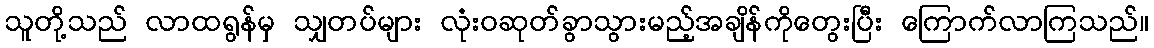
သူတို့သည် လာထရွန်မှ သျှတပ်များ လုံးဝဆုတ်ခွာသွားမည့်အချိန်ကိုတွေးပြီး ကြောက်လာကြသည်။